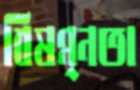
বিষণ্ন্নতা